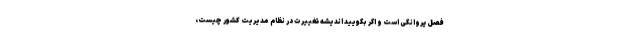
فصل پروانگی است و اگر بگویید اندیشه تغییرت در نظام مدیریت کشور چیست،